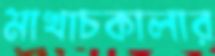
মাখাচকালার